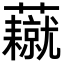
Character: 𧄥